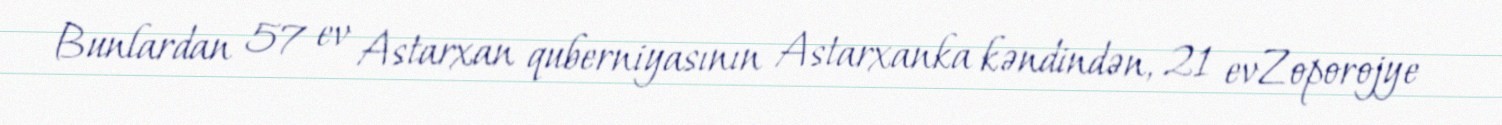
Bunlardan 57 ev Astarxan quberniyasının Astarxanka kəndindən, 21 evZoporojye